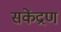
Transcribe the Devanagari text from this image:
सकेंद्रण